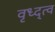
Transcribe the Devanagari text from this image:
वृध्द्त्व